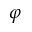
\varphi